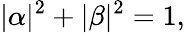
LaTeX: |\alpha|^{2}+|\beta|^{2}=1,